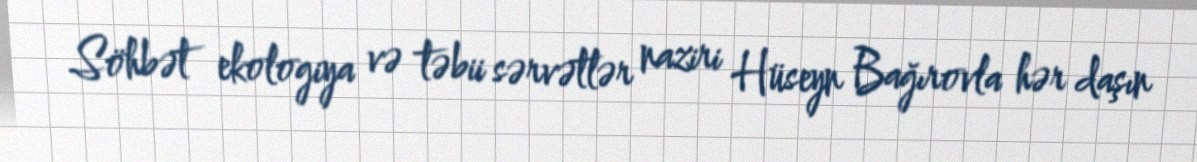
Söhbət ekologiya və təbii sərvətlər naziri Hüseyn Bağırovla hər daşın